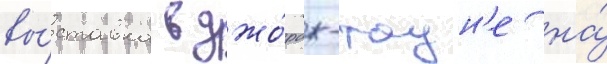
вы́ставка в джо́рдж-таун'е на́